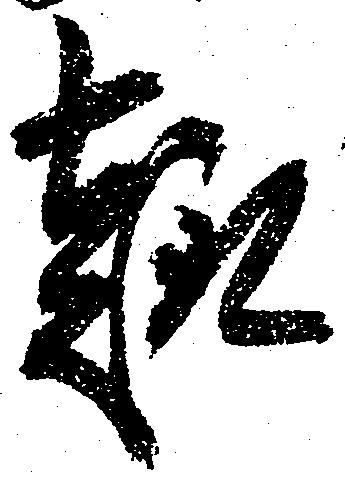
趣